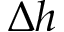
\Delta h